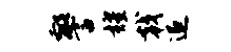
警耀戟追